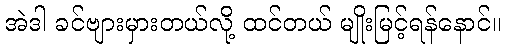
အဲဒါ ခင်ဗျားမှားတယ်လို့ ထင်တယ် မျိုးမြင့်ရန်နောင်။